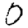
Digit: 0